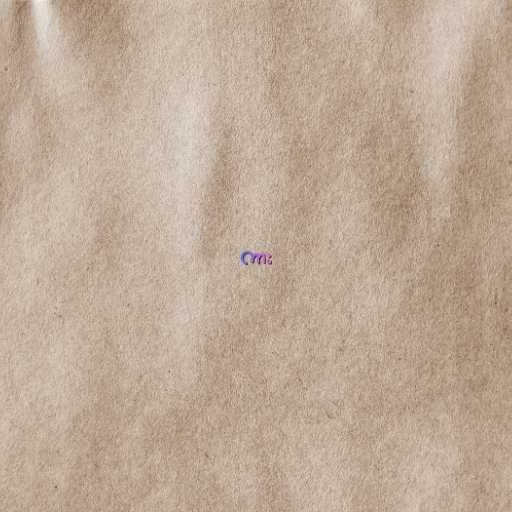
ကား